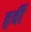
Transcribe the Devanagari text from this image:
हर्वी